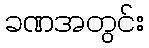
ခဏအတွင်း